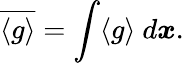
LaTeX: \overline{{\langle g\rangle}}=\int\langle g\rangle\ d\boldsymbol{x}.